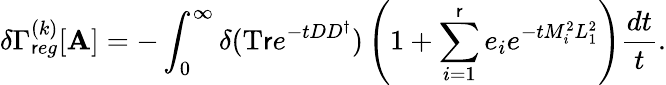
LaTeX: \delta\Gamma_{\mathsf{r}eg}^{(k)}[\mathbf{A}]=-\int_{0}^{\infty}\delta(\mathrm{{T\mathsf{r}}}e^{-tDD^{\dagger}})\left(1+\sum_{i=1}^{\mathsf{r}}e_{i}e^{-tM_{i}^{2}L_{1}^{2}}\right)\frac{{dt}}{{t}}.